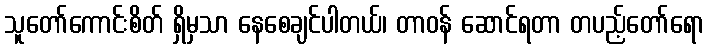
သူတော်ကောင်းစိတ် ရှိမှသာ နေစေချင်ပါတယ်၊ တာဝန် ဆောင်ရတာ တပည့်တော်ရော